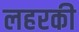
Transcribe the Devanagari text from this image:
लहरकी